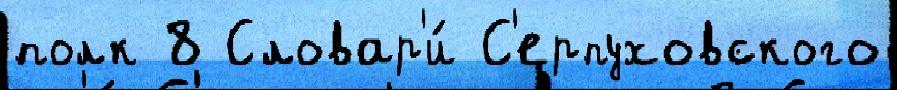
полк 8 Словар'и́ С'ерпуховского